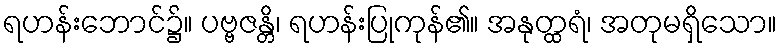
ရဟန်းဘောင်၌။ ပဗ္ဗဇန္တိ၊ ရဟန်းပြုကုန်၏။ အနုတ္ထရံ၊ အတုမရှိသော။